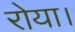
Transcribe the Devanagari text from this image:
रोया।